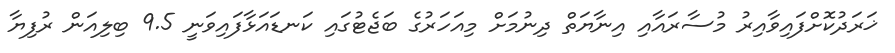
ޚަރަދުކޮށްފައިވާއިރު މުސާރައާއި އިނާޔަތް ދިނުމަށް މިއަހަރުގެ ބަޖެޓުގައި ކަނޑައަޅާފައިވަނީ 9.5 ބިލިއަން ރުފިޔާ